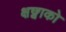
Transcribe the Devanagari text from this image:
क्षछ्वाको